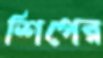
শিপের